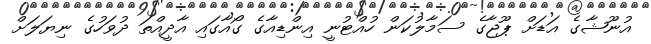
އުނޫޝާގެ އަޑަށް ޕޫޖާގެ ސަމާލުކަން ހުއްޓުނީ އިންޑިއާގެ ގޯއާގައި އާދީއްތަ ދުވަހުގެ ނިޔަލަށް